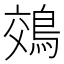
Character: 鵁